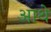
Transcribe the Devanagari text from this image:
आथे